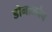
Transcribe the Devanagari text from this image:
डोनालबेन